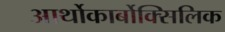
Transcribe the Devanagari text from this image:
आर्थोकार्बोक्सिलिक